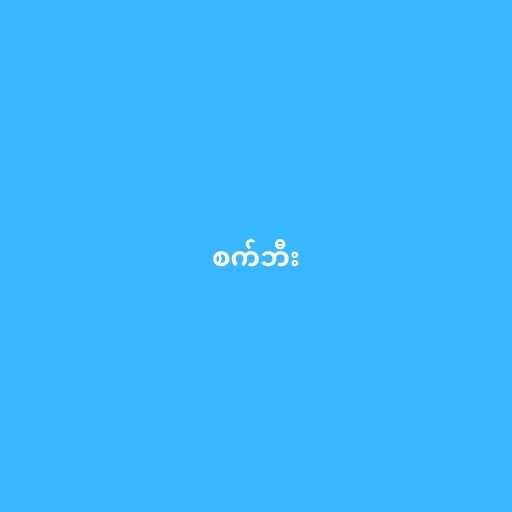
စက်ဘီး